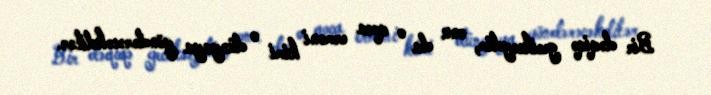
Bir dəqiqə geciksəydim, onu da o qoca erməni kimi o dünyaya göndərəcəkdilər.